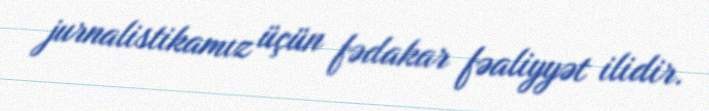
jurnalistikamız üçün fədakar fəaliyyət ilidir.